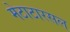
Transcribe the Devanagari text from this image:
मेटाटारसल